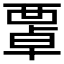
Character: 𧟻